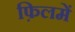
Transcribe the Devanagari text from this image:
फ़िलमें